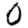
Digit: 0